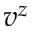
v ^ { z }